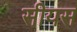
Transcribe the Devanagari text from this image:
सीयस